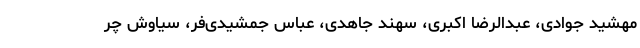
مهشید جوادی، عبدالرضا اکبری، سهند جاهدی، عباس جمشیدی‌فر، سیاوش چر